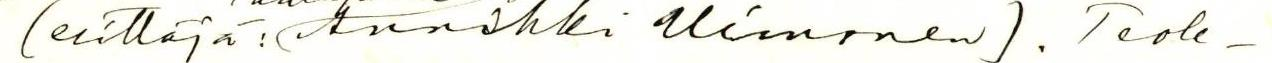
(esittäjä: Annikki Uimonen). Teok-